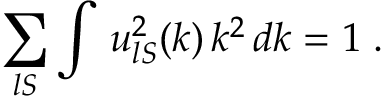
\sum _ { l S } \int \, u _ { l S } ^ { 2 } ( k ) \, k ^ { 2 } \, d k = 1 \; .